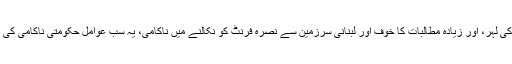
عوام میں غصہ کی لہر، اور زیادہ مطالبات کا خوف اور لبنانی سرزمین سے نصرہ فرنٹ کو نکالنے میں ناکامی، یہ سب عوامل حکومتی ناکامی کی گواہی دیتے ہیں۔